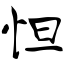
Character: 怛